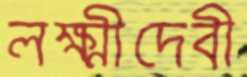
লক্ষ্মীদেবী